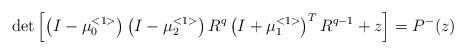
LaTeX: \begin{align*}\det\left[ \left( I-\mu _{0}^{<1>}\right) \left( I-\mu _{2}^{<1>}\right) R^{q}\left( I+\mu _{1}^{<1>}\right) ^{T}R^{q-1}+z\right] =P^{-}(z)\end{align*}